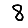
Digit: 8